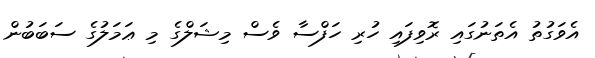
އެވަގުތު އެތަނުގައި ރޮވިފައި ހުރި ހަފްސާ ވެސް މިޝަލްގެ މި ޢަމަލުގެ ސަބަބުން